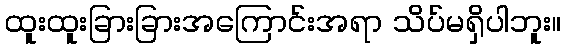
ထူးထူးခြားခြားအကြောင်းအရာ သိပ်မရှိပါဘူး။